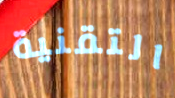
التقنية